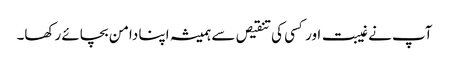
آپ نے غیبت اور کسی کی تنقیص سے ہمیشہ اپنا دامن بچائے رکھا۔